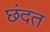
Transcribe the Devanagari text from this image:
छंदत